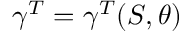
\gamma ^ { T } = \gamma ^ { T } ( S , \theta )